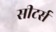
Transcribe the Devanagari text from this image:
सीटर्स